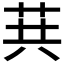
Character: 𦮎